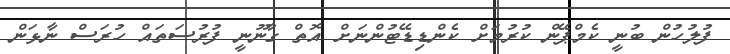
ފުލުހުން ބުނީ ކެމްޕޭން ކުރުމަށް ކެންޑިޑޭޓުންނަށް އޮތް ގާނޫނީ ފުރުސަތައް ހުރަސް ނާޅަން